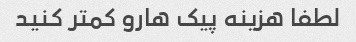
لطفا هزینه پیک هارو کمتر کنید